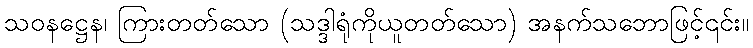
သဝနဋ္ဌေန၊ ကြားတတ်သော (သဒ္ဒါရုံကိုယူတတ်သော) အနက်သဘောဖြင့်၎င်း။